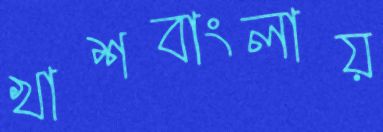
খাশবাংলায়